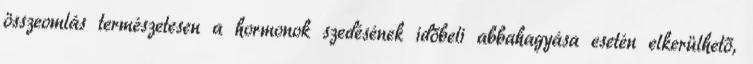
összeomlás természetesen a hormonok szedésének időbeli abbahagyása esetén elkerülhető,